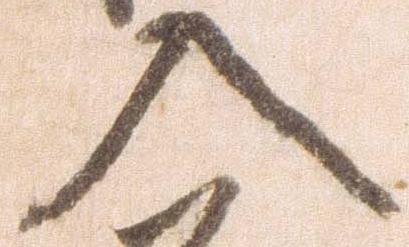
入